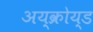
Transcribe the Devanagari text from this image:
अय्क्रोय्ड